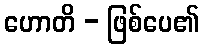
ဟောတိ - ဖြစ်ပေ၏